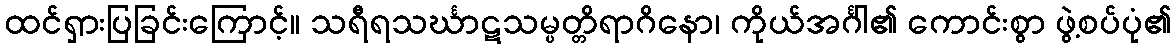
ထင်ရှားပြခြင်းကြောင့်။ သရီရသင်္ဃာဋသမ္ပတ္တိရာဂိနော၊ ကိုယ်အင်္ဂါ၏ ကောင်းစွာ ဖွဲ့စပ်ပုံ၏